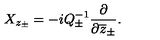
X _ { z _ { \pm } } = - i Q _ { \pm } ^ { - 1 } \displaystyle \frac { \partial } { \partial \overline { { z } } _ { \pm } } .